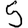
Digit: 5